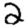
Digit: 2